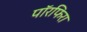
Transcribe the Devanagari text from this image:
पॉरफिरा